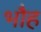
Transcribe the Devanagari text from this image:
भौह